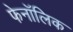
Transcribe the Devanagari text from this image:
फेनॉलिक